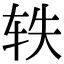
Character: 轶